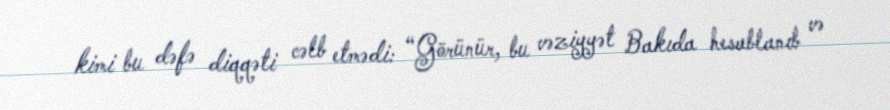
kimi bu dəfə diqqəti cəlb etmədi: “Görünür, bu vəziyyət Bakıda hesablanıb və